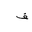
Letter: _fa